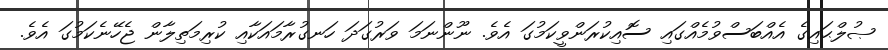
ޞުލްޙައިގެ އެއްބަސްވުމެއްގައި ސޮއިކުރަންވީކަމުގަ އެވެ. ނޫންނަމަ ވަރުގަދަ ހަނގުރާމައަކާއި ކުރިމަތިލާން ޖެހޭނެކަމުގަ އެވެ.